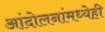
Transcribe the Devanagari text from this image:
आंदोलनांमध्येही